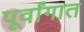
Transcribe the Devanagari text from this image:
पूर्वांगात